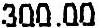
300.00